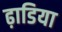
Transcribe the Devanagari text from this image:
ढ़ाडिया